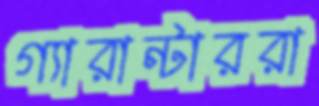
গ্যারান্টাররা